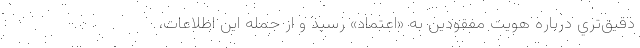
دقيق‌تري درباره هويت مفقودين به «اعتماد» رسيد و از جمله اين اطلاعات،